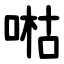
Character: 喖